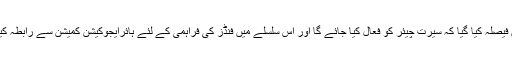
اجلاس میں فیصلہ کیا گیا کہ سیرت چیئر کو فعال کیا جائے گا اور اس سلسلے میں فنڈز کی فراہمی کے لئے ہائرایجوکیشن کمیشن سے رابطہ کیا جائے گا۔